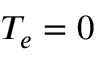
T _ { e } = 0